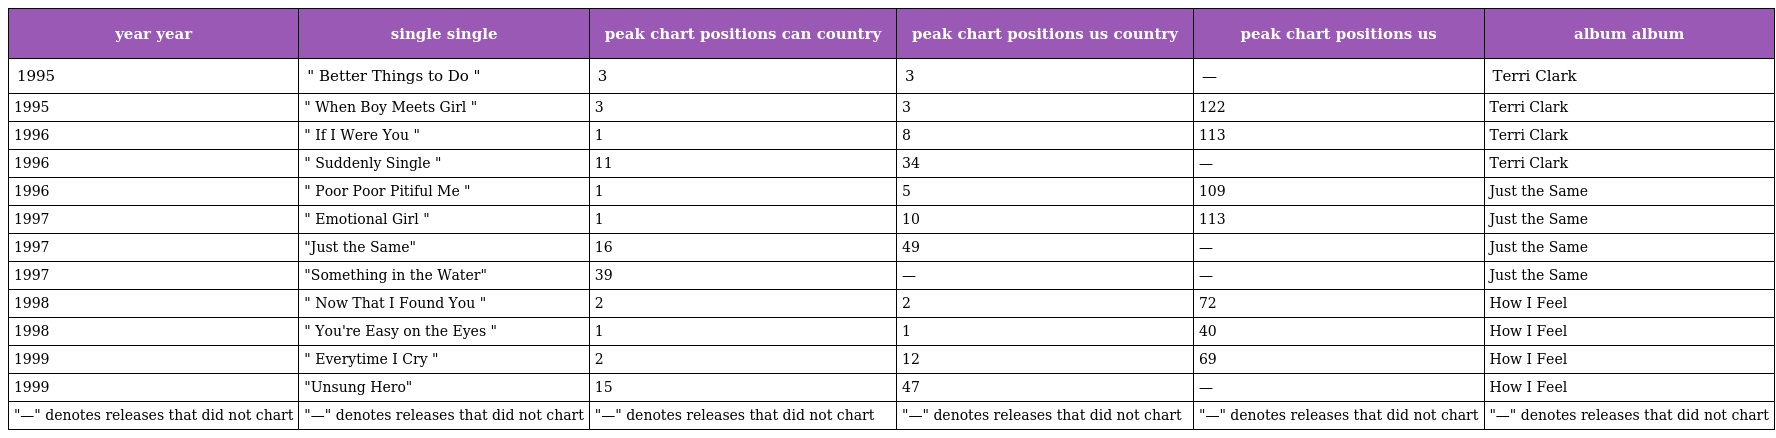
| year year | single single | peak chart positions can country | peak chart positions us country | peak chart positions us | album album |
 | --- | --- | --- | --- | --- | --- |
 | 1995 | " Better Things to Do " | 3 | 3 | — | Terri Clark |
 | 1995 | " When Boy Meets Girl " | 3 | 3 | 122 | Terri Clark |
 | 1996 | " If I Were You " | 1 | 8 | 113 | Terri Clark |
 | 1996 | " Suddenly Single " | 11 | 34 | — | Terri Clark |
 | 1996 | " Poor Poor Pitiful Me " | 1 | 5 | 109 | Just the Same |
 | 1997 | " Emotional Girl " | 1 | 10 | 113 | Just the Same |
 | 1997 | "Just the Same" | 16 | 49 | — | Just the Same |
 | 1997 | "Something in the Water" | 39 | — | — | Just the Same |
 | 1998 | " Now That I Found You " | 2 | 2 | 72 | How I Feel |
 | 1998 | " You're Easy on the Eyes " | 1 | 1 | 40 | How I Feel |
 | 1999 | " Everytime I Cry " | 2 | 12 | 69 | How I Feel |
 | 1999 | "Unsung Hero" | 15 | 47 | — | How I Feel |
 | "—" denotes releases that did not chart | "—" denotes releases that did not chart | "—" denotes releases that did not chart | "—" denotes releases that did not chart | "—" denotes releases that did not chart | "—" denotes releases that did not chart |